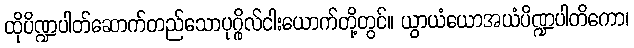
ထိုပိဏ္ဍပါတ်ဆောက်တည်သောပုဂ္ဂိုလ်ငါးယောက်တို့တွင်။ ယွာယံယောအယံပိဏ္ဍပါတိကော၊